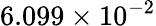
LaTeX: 6.099\times 10^{-2}